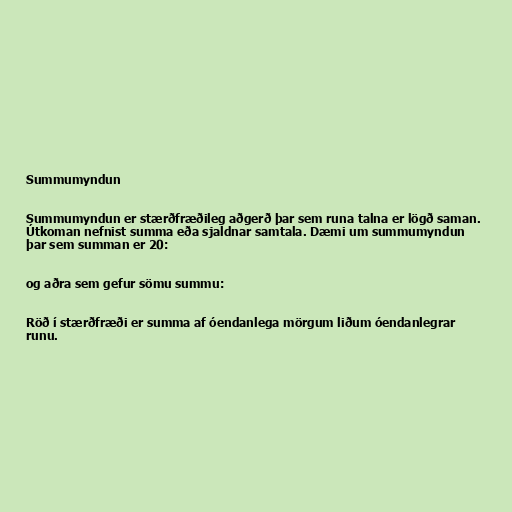
Summumyndun

Summumyndun er stærðfræðileg aðgerð þar sem runa talna er lögð saman.
Útkoman nefnist summa eða sjaldnar samtala. Dæmi um summumyndun
þar sem summan er 20:

og aðra sem gefur sömu summu:

Röð í stærðfræði er summa af óendanlega mörgum liðum óendanlegrar
runu.